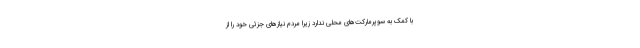
با کمک به سوپرمارکت‌های محلی ندارد زیرا مردم نیازهای جزئی خود را از